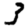
Digit: 3